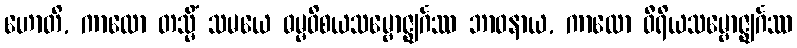
ဟောတိ, ကာလော တသ္မိံ သမယေ ဓမ္မဝိစယသမ္ဗောဇ္ဈင်္ဂဿ ဘာဝနာယ, ကာလော ဝီရိယသမ္ဗောဇ္ဈင်္ဂဿ